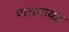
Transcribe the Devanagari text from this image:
पारानायड